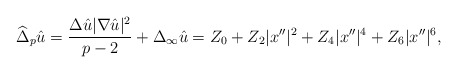
\begin{align*}\widehat\Delta_p\hat u = \frac{\Delta \hat u |\nabla \hat u|^2}{p - 2} + \Delta_{\infty}\hat u= Z_0 + Z_2 |x''|^2 + Z_4 |x''|^4 + Z_6 |x''|^6,\end{align*}